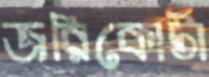
জরিকোটা